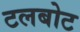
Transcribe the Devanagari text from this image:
टलबोट